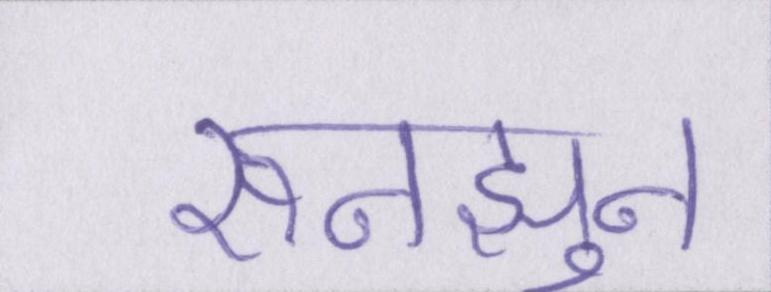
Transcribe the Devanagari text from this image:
रुनझुन